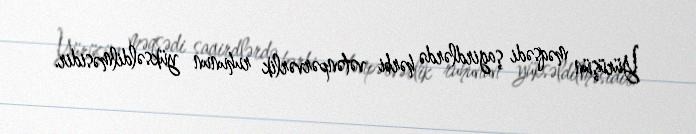
Yürüşün məqsədi şagirdlərdə hərbi vətənpərvərlik ruhunun yüksəldilməsidir.